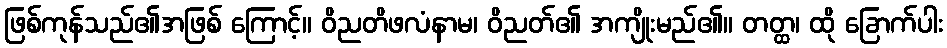
ဖြစ်ကုန်သည်၏အဖြစ် ကြောင့်။ ဝိညတိဖလံနာမ၊ ဝိညတ်၏ အကျိုးမည်၏။ တတ္ထ၊ ထို ခြောက်ပါး